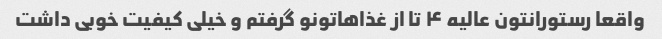
واقعا رستورانتون عالیه ۴ تا از غذاهاتونو گرفتم و خیلی کیفیت خوبی داشت